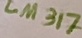
Text: LM317